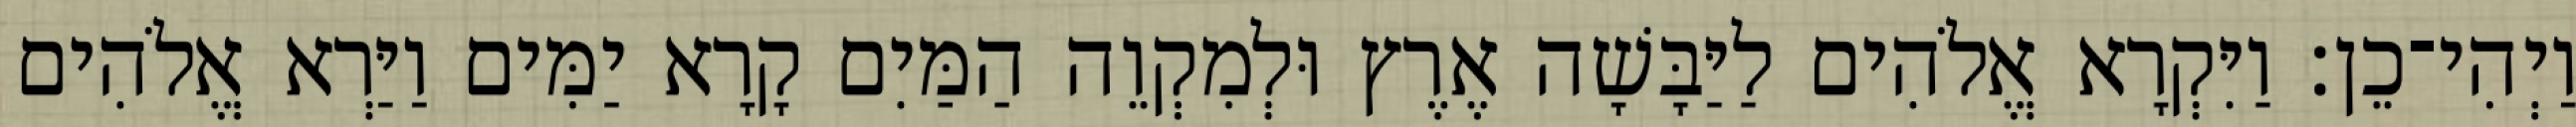
וַיְהִי־כֵן׃ וַיִּקְרָא אֱלֹהִים לַיַּבָּשָׁה אֶרֶץ וּלְמִקְוֵה הַמַּיִם קָרָא יַמִּים וַיַּרְא אֱלֹהִים